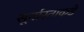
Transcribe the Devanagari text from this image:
सूर्यास्ताकडे